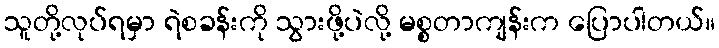
သူတို့လုပ်ရမှာ ရဲစခန်းကို သွားဖို့ပဲလို့ မစ္စတာကျန်းက ပြောပါတယ်။